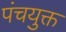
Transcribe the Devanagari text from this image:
पंचयुक्त